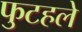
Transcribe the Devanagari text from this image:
फुटहले